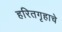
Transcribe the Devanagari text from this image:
हरितगृहाचे